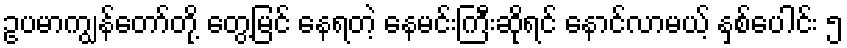
ဥပမာကျွန်တော်တို့ တွေ့မြင် နေရတဲ့ နေမင်းကြီးဆိုရင် နောင်လာမယ့် နှစ်ပေါင်း ၅